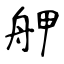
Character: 舺